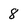
Character: 8